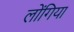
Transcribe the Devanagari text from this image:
लोंगिया